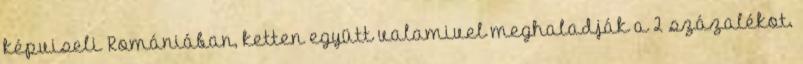
képviseli Romániában, ketten együtt valamivel meghaladják a 2 százalékot.